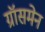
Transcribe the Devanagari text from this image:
ग्रॉसमेन